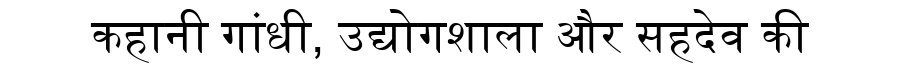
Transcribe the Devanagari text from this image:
कहानी गांधी, उद्योगशाला और सहदेव की